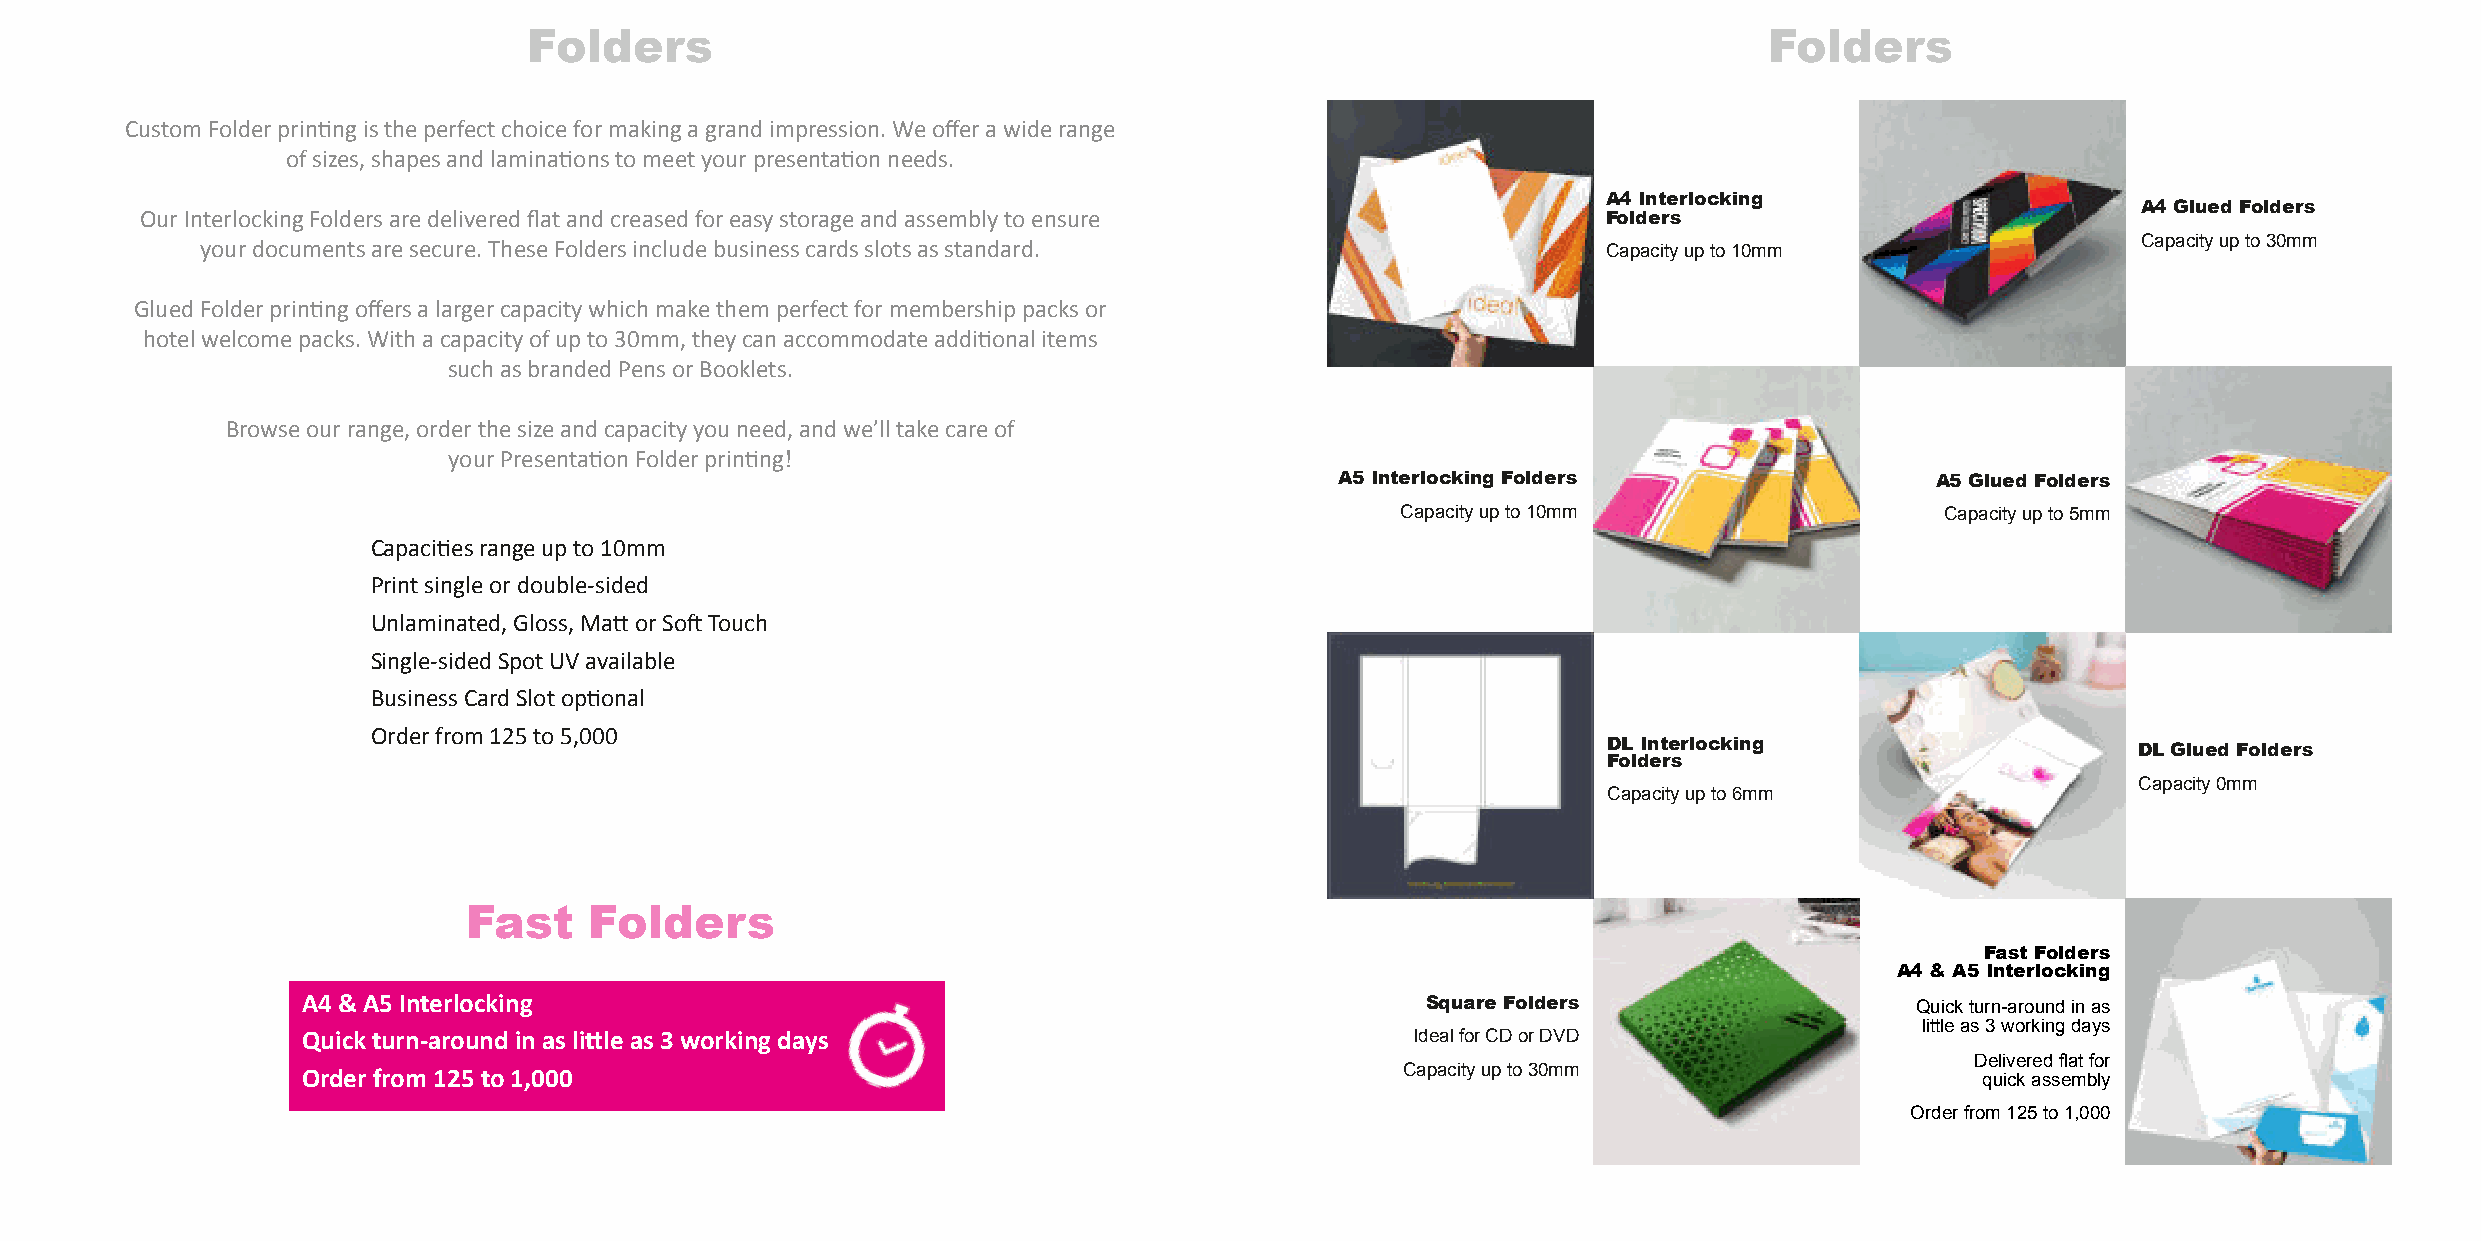
Folders                                                                           Folders
 CustomFolderprin�ngistheperfectchoiceformakingagrandimpression.Weofferawiderange
 ofsizes,shapesandlamina�onstomeetyourpresenta�onneeds.
 A4 Interlocking
 A4 Glued Folders
 OurInterlockingFoldersaredeliveredflatandcreasedforeasystorageandassemblytoensure                Folders
 Capacityupto30mm
 yourdocumentsaresecure.TheseFoldersincludebusinesscardsslotsasstandard.                      Capacityupto10mm
 GluedFolderprin�ngoffersalargercapacitywhichmakethemperfectformembershippacksor
 hotelwelcomepacks.Withacapacityofupto30mm,theycanaccommodateaddi�onalitems
 suchasbrandedPensorBooklets.
 Browseourrange,orderthesizeandcapacityyouneed,andwe’lltakecareof
 yourPresenta�onFolderprin�ng!
 A5 Interlocking Folders                A5 Glued Folders
 Capacityupto10mm                    Capacityupto5mm
 Capaci�esrangeupto10mm
 Printsingleordouble-sided
 Unlaminated,Gloss,Ma�orSo�Touch
 Single-sidedSpotUVavailable
 BusinessCardSlotop�onal
 Orderfrom125to5,000
 DL Interlocking
 DL Glued Folders
 Folders
 Capacity0mm
 Capacityupto6mm
 Fast    Folders
 FastFolders
 A4 & A5 Interlocking
 A4&A5Interlocking                                                         Square Folders                   Quickturn-aroundinas
 littleas3workingdays
 Quickturn-aroundinasli�leas3workingdays                                   IdealforCDorDVD
 Deliveredflatfor
 Orderfrom125to1,000                                                      Capacityupto30mm                      quickassembly
 Orderfrom125to1,000